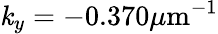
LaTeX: \mathit{k}_{y}=-0.370\mu\mathrm{{m}}^{-1}